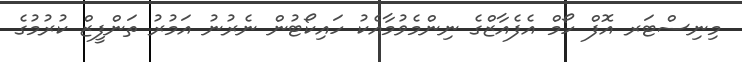
މިނިސްޓަރ އޮފް ހޯމް އެފެއާޒްގެ ނިންމެވުމާއެކު ހައިކޯޓުން ނެރުނު އަމުރު ތަންފީޒް ކުރުމުގެ